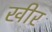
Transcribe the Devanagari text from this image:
खीर